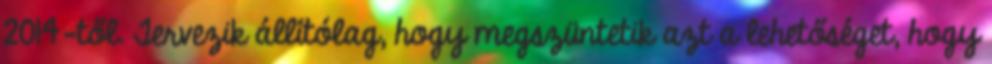
2014-től. Tervezik állítólag, hogy megszüntetik azt a lehetőséget, hogy